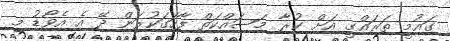
ގައުމީ ތަރައްގީ އަށް ކުރާ މަސައްކަތް ފާހަގަކުރަން ދޭ އެ އެވޯޑު މި